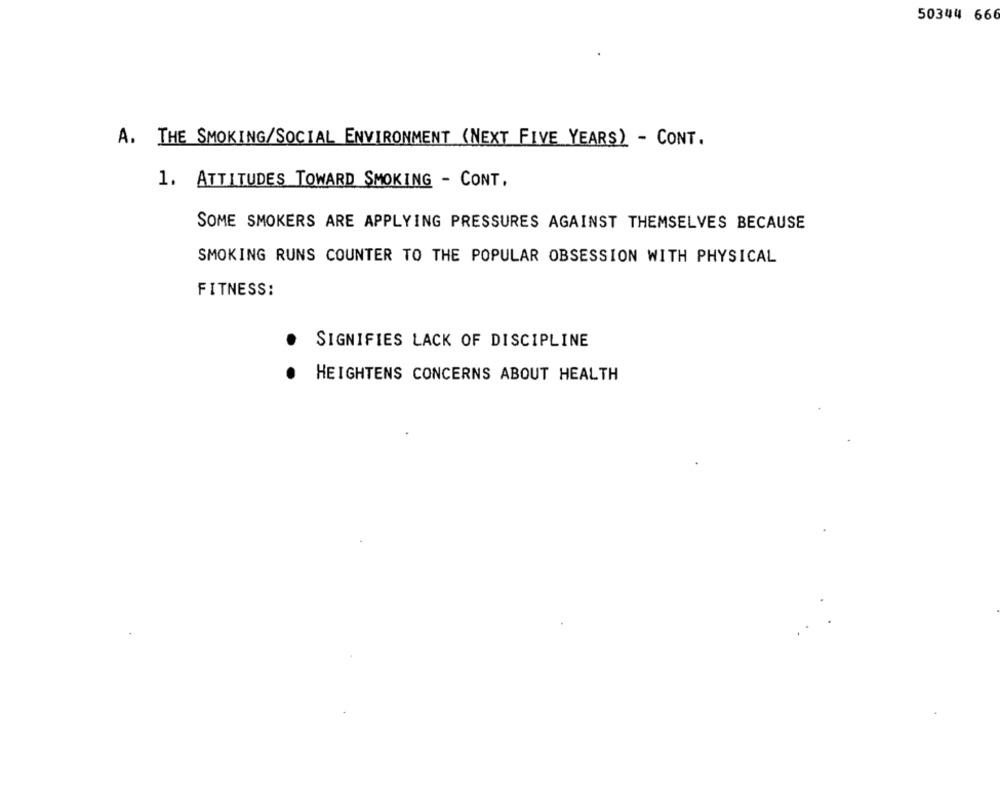
50344 666
A. THE SMOKING/SOCIAL ENVIRONMENT (NEXT FIVE YEARS) - CONT.
1. ATTITUDES TOWARD SMOKING - CONT.
SOME SMOKERS ARE APPLYING PRESSURES AGAINST THEMSELVES BECAUSE
SMOKING RUNS COUNTER TO THE POPULAR OBSESSION WITH PHYSICAL
FITNESS:
SIGNIFIES LACK OF DISCIPLINE
HEIGHTENS CONCERNS ABOUT HEALTH